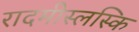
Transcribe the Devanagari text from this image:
रादमीस्लस्कि